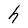
Character: h